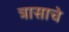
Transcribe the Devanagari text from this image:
त्रासाचे